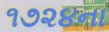
૧૭૨૪ના